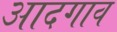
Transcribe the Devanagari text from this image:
आदगाव